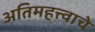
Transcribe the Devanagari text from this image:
अतिमहत्त्वाचे